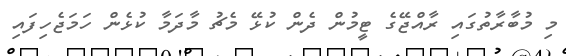
މި މުބާރާތުގައި ރާއްޖޭގެ ޓީމުން ދެން ކުޅޭ މެޗު މާދަމާ ކުޅެން ހަމަޖެހިފައި